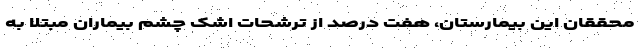
محققان این بیمارستان، هفت درصد از ترشحات اشک چشم بیماران مبتلا به